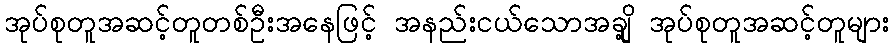
အုပ်စုတူအဆင့်တူတစ်ဦးအနေဖြင့် အနည်းငယ်သောအချို့ အုပ်စုတူအဆင့်တူများ